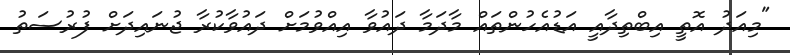
"މިއަދު އޮތީ އިބްތިދާއީ އަޑުއެހުންތައް މާދަމާ ދައުވާ އިއްވުމަށް ދައުވާކުރާ ޖުނައިދަށް ފުރުސަތު